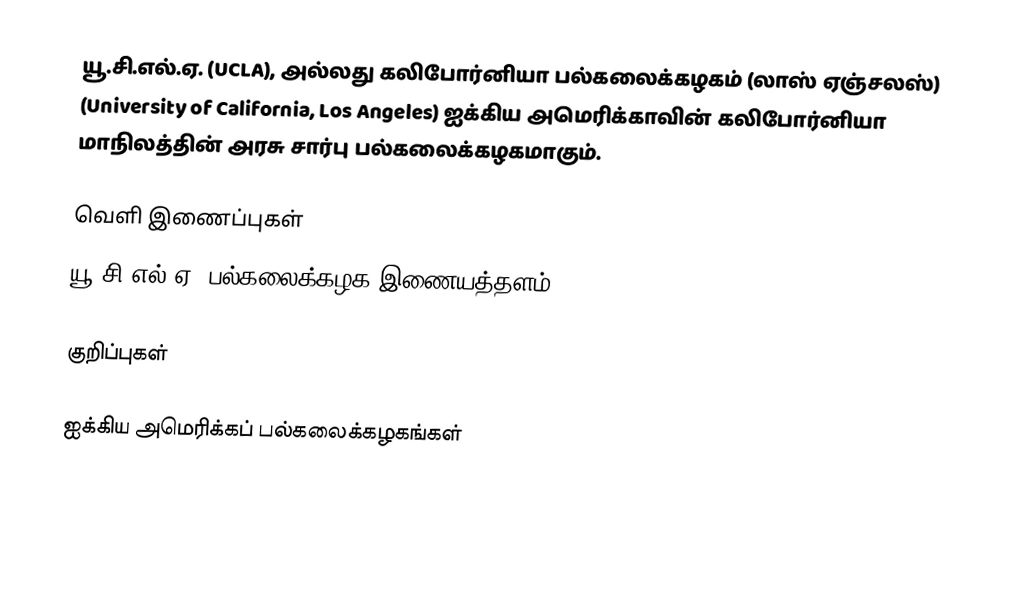
யூ.சி.எல்.ஏ. (UCLA), அல்லது கலிபோர்னியா பல்கலைக்கழகம் (லாஸ் ஏஞ்சலஸ்) (University of California, Los Angeles) ஐக்கிய அமெரிக்காவின் கலிபோர்னியா மாநிலத்தின் அரசு சார்பு பல்கலைக்கழகமாகும்.

வெளி இணைப்புகள்
 யூ.சி.எல்.ஏ. பல்கலைக்கழக இணையத்தளம்

குறிப்புகள்

ஐக்கிய அமெரிக்கப் பல்கலைக்கழகங்கள்